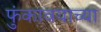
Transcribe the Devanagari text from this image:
फुंकावयाच्या